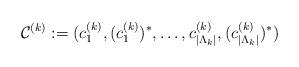
LaTeX: \begin{align*} \mathcal{C}^{(k)} := (c_1^{(k)},(c_1^{(k)})^*, \ldots, c_{|\Lambda_k|}^{(k)}, (c_{|\Lambda_k|}^{(k)})^*) \end{align*}